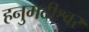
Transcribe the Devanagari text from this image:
हनुमदीश्वर